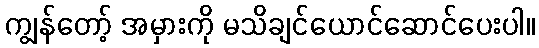
ကျွန်တော့် အမှားကို မသိချင်ယောင်ဆောင်ပေးပါ။